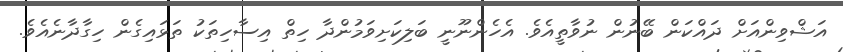
އަޝްވިންއަށް ދައްކަން ބޭނުން ނުވާތީއެވެ. އެހެންނޫނީ ބަލިކަށިވަމުންދާ ހިތް އިސާހިތަކު ތަޅައިގެން ހިގާދާނެއެވެ.